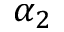
\alpha _ { 2 }